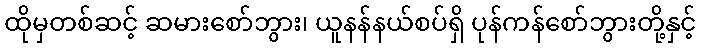
ထိုမှတစ်ဆင့် ဆမားစော်ဘွား၊ ယူနန်နယ်စပ်ရှိ ပုန်ကန်စော်ဘွားတို့နှင့်